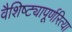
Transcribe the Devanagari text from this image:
वैशिष्ट्यापूर्णरित्या